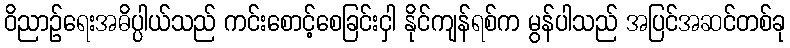
ဝိညာဉ်ရေးအဓိပ္ပါယ်သည် ကင်းစောင့်စေခြင်းငှါ နိုင်ကျန်ရစ်က မွန်ပါသည် အပြင်အဆင်တစ်ခု